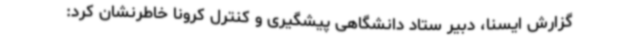
گزارش ایسنا، دبیر ستاد دانشگاهی پیشگیری و کنترل کرونا خاطرنشان کرد: